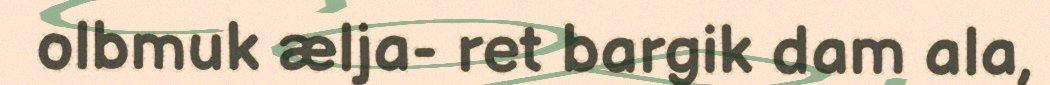
olbmuk ælja- ret bargik dam ala,